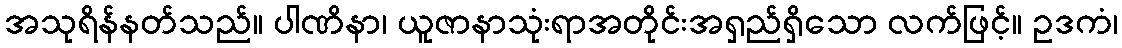
အသုရိန်နတ်သည်။ ပါဏိနာ၊ ယူဇာနာသုံးရာအတိုင်းအရှည်ရှိသော လက်ဖြင့်။ ဥဒကံ၊